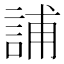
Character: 誧